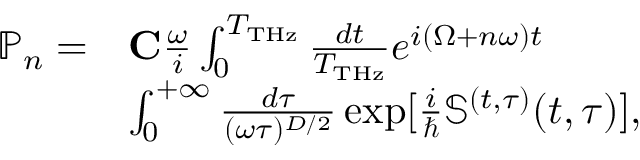
\begin{array} { r l } { \mathbb { P } _ { n } = } & { { \bf C } \frac { \omega } { i } \int _ { 0 } ^ { T _ { \mathrm { T H z } } } \frac { d t } { T _ { \mathrm { T H z } } } e ^ { i ( \Omega + n \omega ) t } } \\ & { \int _ { 0 } ^ { + \infty } \frac { d \tau } { ( \omega \tau ) ^ { D / 2 } } \exp [ { \frac { i } { \hbar } \mathbb { S } ^ { ( t , \tau ) } ( t , \tau ) } ] , } \end{array}